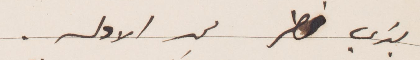
تبري خطر من الأولى